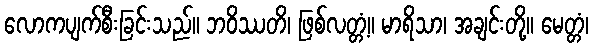
လောကပျက်စီးခြင်းသည်။ ဘဝိဿတိ၊ ဖြစ်လတ္တံ့။ မာရိသာ၊ အချင်းတို့။ မေတ္တံ၊